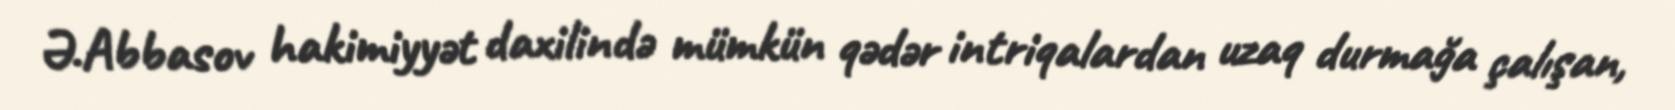
Ə.Abbasov hakimiyyət daxilində mümkün qədər intriqalardan uzaq durmağa çalışan,